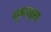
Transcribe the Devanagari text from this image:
गुनामुखा